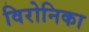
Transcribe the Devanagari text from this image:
विरोनिका